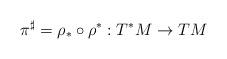
LaTeX: \begin{align*}\pi^\sharp = \rho_* \circ \rho^*: T^*M \to TM\end{align*}